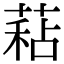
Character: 𦷙